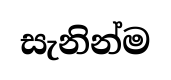
සැනින්ම